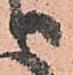
り